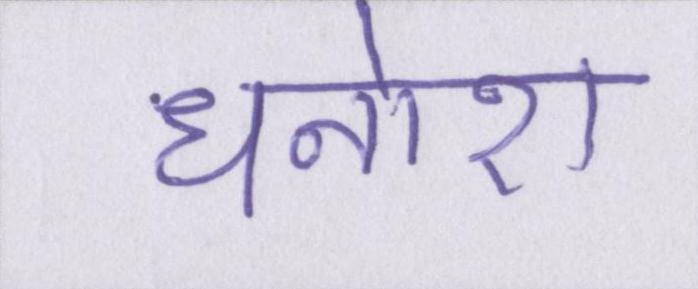
धनोरा